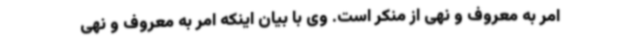
امر به معروف و نهی از منکر است. وی با بیان اینکه امر به معروف و نهی